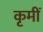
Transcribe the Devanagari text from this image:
कृमीं